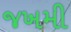
જખમી